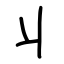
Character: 丩